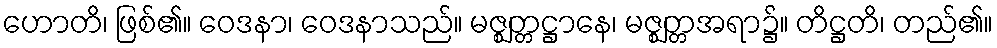
ဟောတိ၊ ဖြစ်၏။ ဝေဒနာ၊ ဝေဒနာသည်။ မဇ္ဈတ္တဋ္ဌာနေ၊ မဇ္ဈတ္တအရာ၌။ တိဋ္ဌတိ၊ တည်၏။